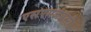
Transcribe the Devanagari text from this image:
एसएमजेईसी